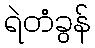
ရဲတံခွန်